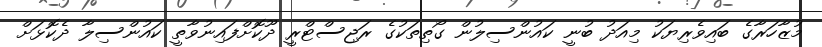
މުޒާހަރާގެ ބައިވެރިޔަކު މިއަދު ބުނީ ކައުންސިލުން ގޯތިތަކުގެ ރަޖިސްޓްރީ ދޫކޮށްފައިނުވާތީ ކައުންސިލާ ދެކޮޅަށް